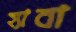
হ্যাবা